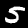
Label: 5